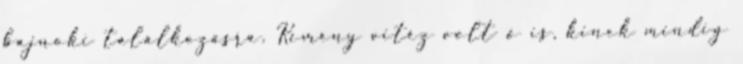
bajnoki találkozásra. Kemény vitéz volt ő is, kinek mindig